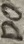
Text: D0